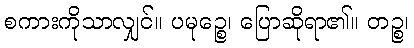
စကားကိုသာလျှင်။ ပမုဉ္စေ၊ ပြောဆိုရာ၏။ တဉ္စ၊